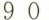
9 0